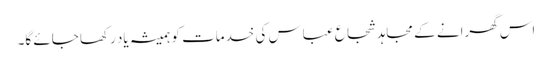
اس گھرانے کے مجاہد شجاع عباس کی خدمات کو ہمیشہ یاد رکھا جائے گا۔